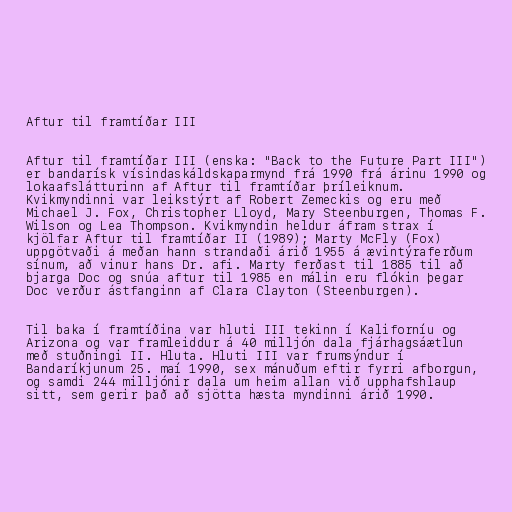
Aftur til framtíðar III

Aftur til framtíðar III (enska: "Back to the Future Part III")
er bandarísk vísindaskáldskaparmynd frá 1990 frá árinu 1990 og
lokaafslátturinn af Aftur til framtíðar þríleiknum.
Kvikmyndinni var leikstýrt af Robert Zemeckis og eru með
Michael J. Fox, Christopher Lloyd, Mary Steenburgen, Thomas F.
Wilson og Lea Thompson. Kvikmyndin heldur áfram strax í
kjölfar Aftur til framtíðar II (1989); Marty McFly (Fox)
uppgötvaði á meðan hann strandaði árið 1955 á ævintýraferðum
sínum, að vinur hans Dr. afi. Marty ferðast til 1885 til að
bjarga Doc og snúa aftur til 1985 en málin eru flókin þegar
Doc verður ástfanginn af Clara Clayton (Steenburgen).

Til baka í framtíðina var hluti III tekinn í Kaliforníu og
Arizona og var framleiddur á 40 milljón dala fjárhagsáætlun
með stuðningi II. Hluta. Hluti III var frumsýndur í
Bandaríkjunum 25. maí 1990, sex mánuðum eftir fyrri afborgun,
og samdi 244 milljónir dala um heim allan við upphafshlaup
sitt, sem gerir það að sjötta hæsta myndinni árið 1990.